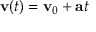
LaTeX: \mathbf { v } ( t ) = \mathbf { v } _ { 0 } + \mathbf { a } t